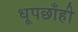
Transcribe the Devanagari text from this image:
धूपछाँही